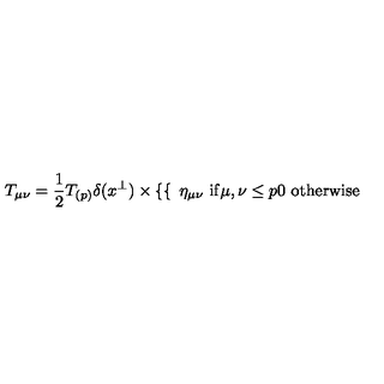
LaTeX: T _ { \mu \nu } = { \frac { 1 } { 2 } } T _ { ( p ) } \delta ( x ^ { \perp } ) \times \left\{ \begin{cases} { } & { \eta _ { \mu \nu } \ \mathrm { i f } \mu , \nu \leq p } \\ { } & { 0 \ \mathrm { o t h e r w i s e } } \\ \end{cases} \right.